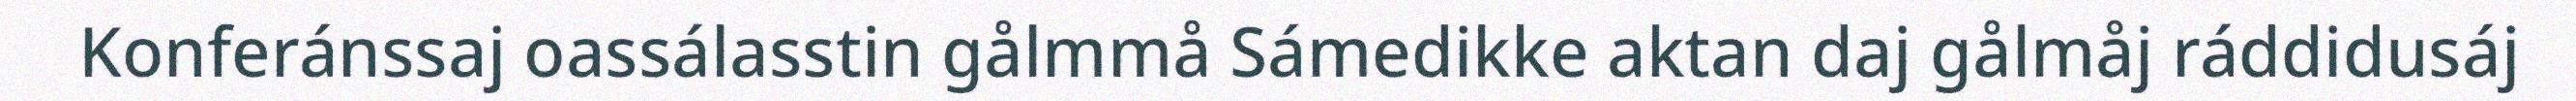
Konferánssaj oassálasstin gålmmå Sámedikke aktan daj gålmåj ráddidusáj